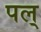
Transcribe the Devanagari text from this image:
पल्